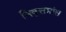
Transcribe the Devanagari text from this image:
निवृत्तमांस